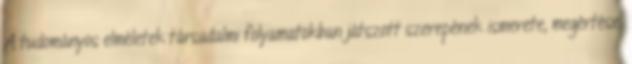
A tudományos elméletek társadalmi folyamatokban játszott szerepének ismerete, megértése;